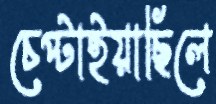
চেপ্‌টাইয়াছিলে